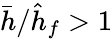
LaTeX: \bar{h}/\hat{h}_{f}>1